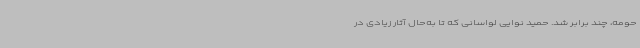
حومه، چند برابر شد. حمید نوایی‌ لواسانی که تا به‌حال آثار زیادی در